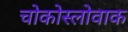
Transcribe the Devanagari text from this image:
चोकोस्लोवाक